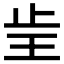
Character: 𰙝